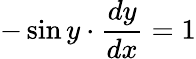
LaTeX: -\sin y\cdot{\frac{dy}{dx}}=1